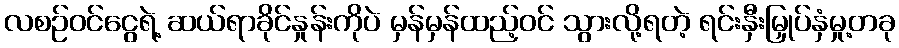
လစဉ်ဝင်ငွေရဲ့ ဆယ်ရာခိုင်နှုန်းကိုပဲ မှန်မှန်ထည့်ဝင် သွားလို့ရတဲ့ ရင်းနှီးမြှုပ်နှံမှု့တခု